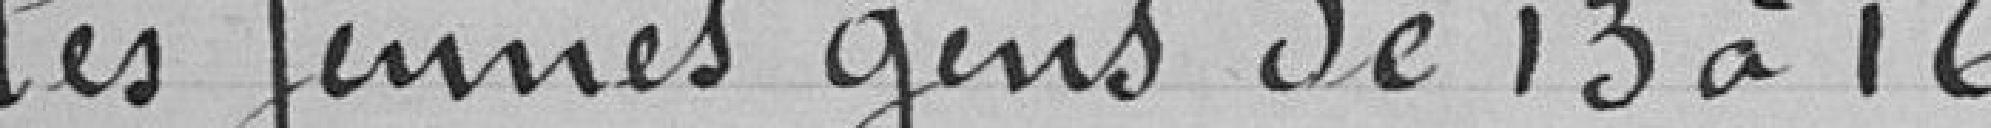
les jeunes gens de 13 à 16